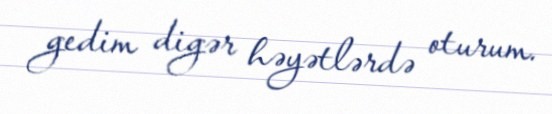
gedim digər həyətlərdə oturum.